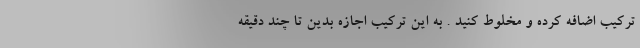
ترکیب اضافه کرده و مخلوط کنید . به این ترکیب اجازه بدین تا چند دقیقه